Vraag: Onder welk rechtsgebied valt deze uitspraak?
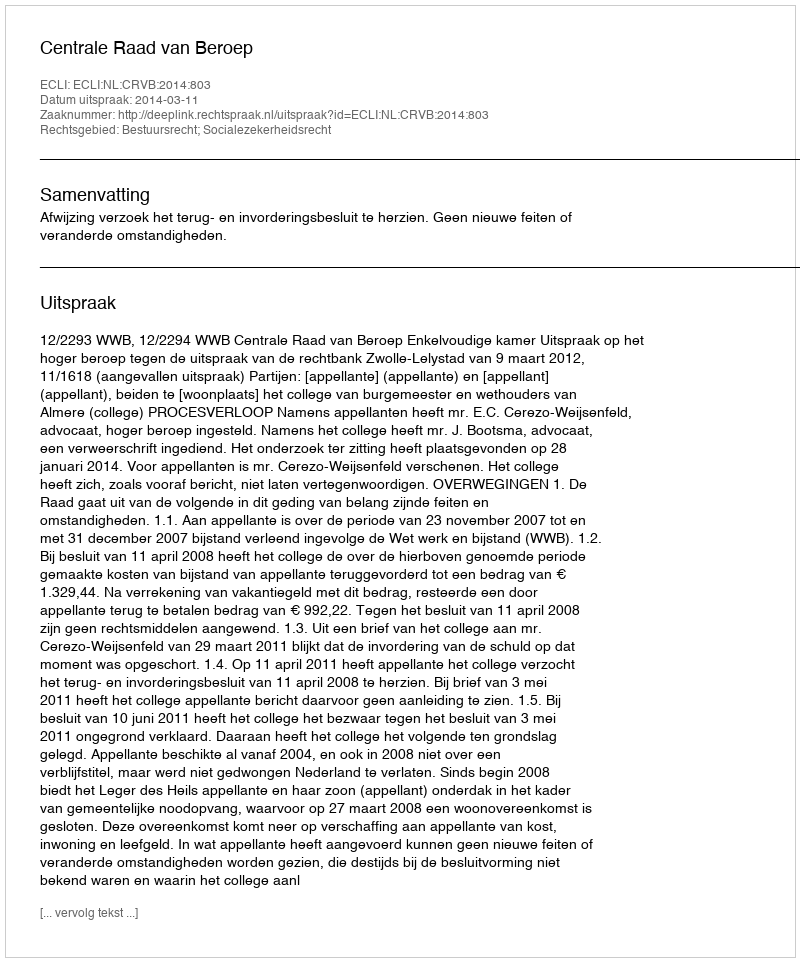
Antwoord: Bestuursrecht; Socialezekerheidsrecht